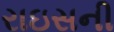
રાઇસની